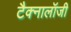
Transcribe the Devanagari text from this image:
टैक्नालॉजी